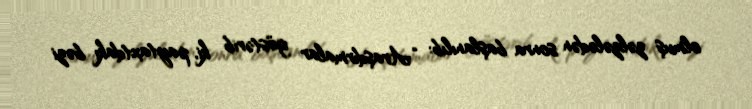
olmuş zəlzələdən sonra başlanılıb: “Araşdırmalar göstərib ki, paytaxtdakı bəzi